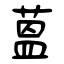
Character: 蒕